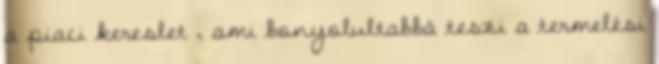
a piaci kereslet , ami bonyolultabbá teszi a termelési